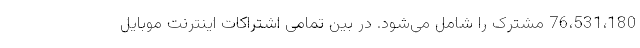
76،531،180 مشترک را شامل می‌شود. در بین تمامی اشتراکات اینترنت موبایل